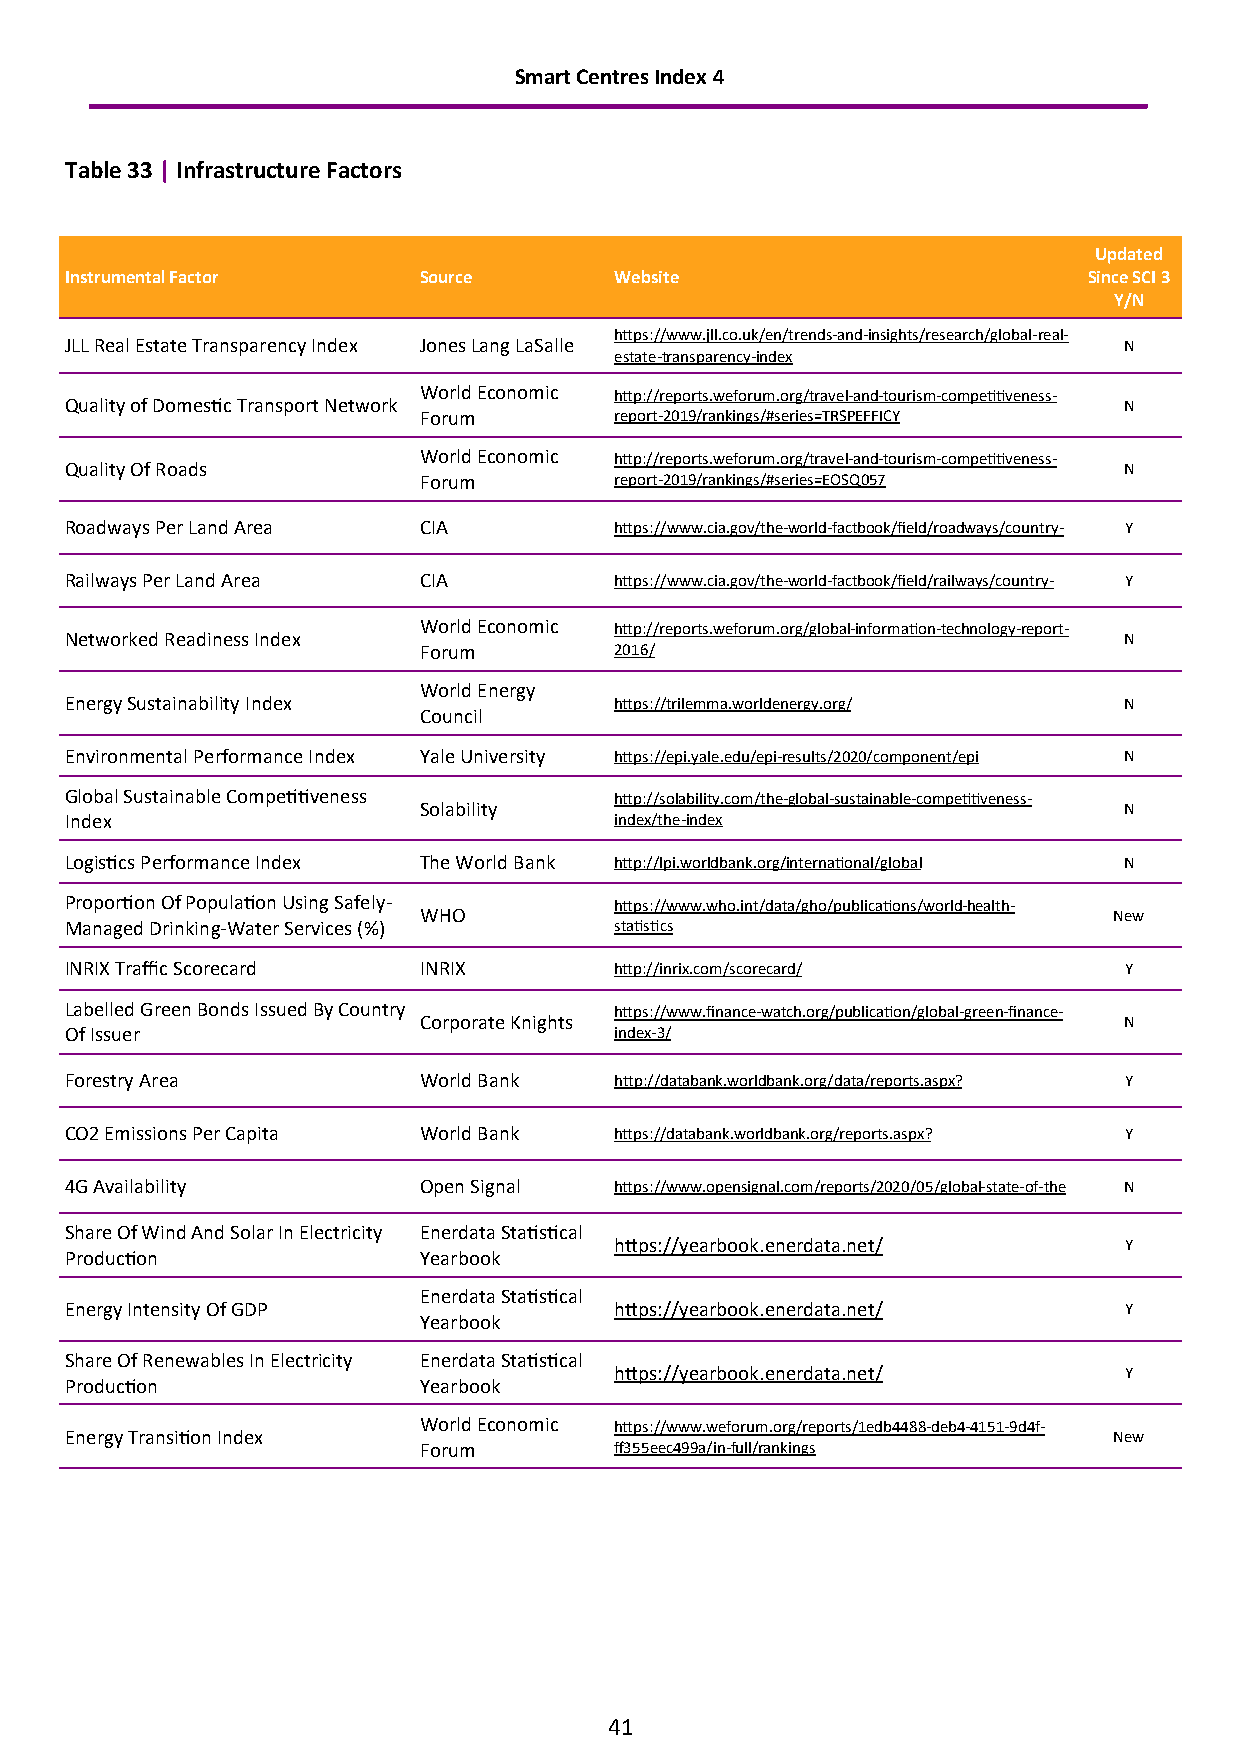
Smart Centres Index 4
 Table 33 | Infrastructure Factors
 Updated
 Instrumental Factor     Source       Website                        Since SCI 3
 Y/N
 https://www.jll.co.uk/en/trends-and-insights/research/global-real-
 JLL Real Estate Transparency Index Jones Lang LaSalle                 N
 estate-transparency-index
 World Economic http://reports.weforum.org/travel-and-tourism-competitiveness-
 Quality of Domestic Transport Network                                 N
 Forum        report-2019/rankings/#series=TRSPEFFICY
 World Economic http://reports.weforum.org/travel-and-tourism-competitiveness-
 Quality Of Roads                                                      N
 Forum        report-2019/rankings/#series=EOSQ057
 Roadways Per Land Area  CIA          https://www.cia.gov/the-world-factbook/field/roadways/country- Y
 Railways Per Land Area  CIA          https://www.cia.gov/the-world-factbook/field/railways/country- Y
 World Economic http://reports.weforum.org/global-information-technology-report-
 Networked Readiness Index                                             N
 Forum        2016/
 World Energy
 Energy Sustainability Index          https://trilemma.worldenergy.org/ N
 Council
 Environmental Performance Index Yale University https://epi.yale.edu/epi-results/2020/component/epi N
 Global Sustainable Competitiveness   http://solability.com/the-global-sustainable-competitiveness-
 Solability                                    N
 Index                                index/the-index
 Logistics Performance Index The World Bank http://lpi.worldbank.org/international/global N
 Proportion Of Population Using Safely- https://www.who.int/data/gho/publications/world-health-
 WHO                                           New
 Managed Drinking-Water Services (%)  statistics
 INRIX Traffic Scorecard INRIX        http://inrix.com/scorecard/      Y
 Labelled Green Bonds Issued By Country https://www.finance-watch.org/publication/global-green-finance-
 Corporate Knights                             N
 Of Issuer                            index-3/
 Forestry Area           World Bank   http://databank.worldbank.org/data/reports.aspx? Y
 CO2 Emissions Per Capita World Bank  https://databank.worldbank.org/reports.aspx? Y
 4G Availability         Open Signal  https://www.opensignal.com/reports/2020/05/global-state-of-the N
 Share Of Wind And Solar In Electricity Enerdata Statistical
 https://yearbook.enerdata.net/   Y
 Production              Yearbook
 Enerdata Statistical
 Energy Intensity Of GDP              https://yearbook.enerdata.net/   Y
 Yearbook
 Share Of Renewables In Electricity Enerdata Statistical
 https://yearbook.enerdata.net/   Y
 Production              Yearbook
 World Economic https://www.weforum.org/reports/1edb4488-deb4-4151-9d4f-
 Energy Transition Index                                               New
 Forum        ff355eec499a/in-full/rankings
 41